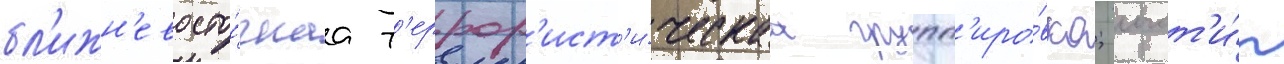
бл'ижн'евосто́чнаа т'еррор'ист'и́ческаа групп'иро́вка; логот'и́п